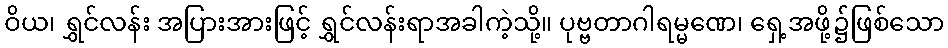
ဝိယ၊ ရွှင်လန်း အပြားအားဖြင့် ရွှင်လန်းရာအခါကဲ့သို့။ ပုဗ္ဗတာဂါရမ္မဏေ၊ ရှေ့အဖို့၌ဖြစ်သော